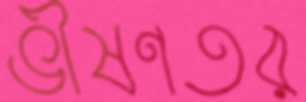
ভীষণতর